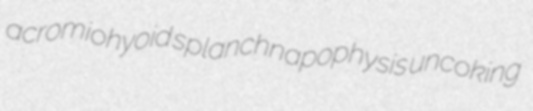
acromiohyoid splanchnapophysis uncoking